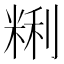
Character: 𰪽